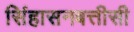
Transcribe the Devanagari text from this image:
सिंहासनबत्तीसी